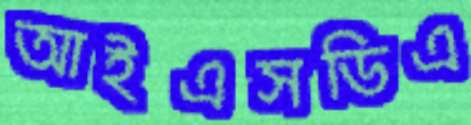
আইএসডিএ